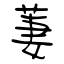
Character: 萋